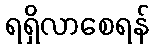
ရရှိလာစေရန်